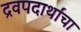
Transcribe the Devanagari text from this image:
द्रवपदार्थांचा